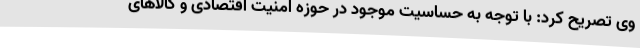
وی تصریح کرد: با توجه به حساسیت موجود در حوزه امنیت اقتصادی و کالاهای